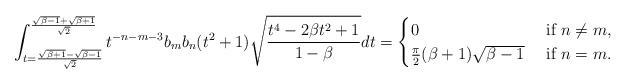
LaTeX: \begin{align*}\int_{t= \frac{\sqrt{\beta +1}-\sqrt{\beta -1}}{\sqrt{2}}}^{\frac{\sqrt{\beta -1}+\sqrt{\beta +1}}{\sqrt{2}}}t^{-n-m-3}b_mb_n(t^2+1) \sqrt{\frac{t^4-2 \beta t^2+1}{1-\beta }}dt = \begin{cases} 0& \mbox{ if } n\not=m, \\ \frac{\pi}{2} (\beta+1)\sqrt{\beta-1}& \mbox{ if } n =m. \end{cases} \end{align*}